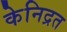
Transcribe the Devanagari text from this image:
केनिद्रत